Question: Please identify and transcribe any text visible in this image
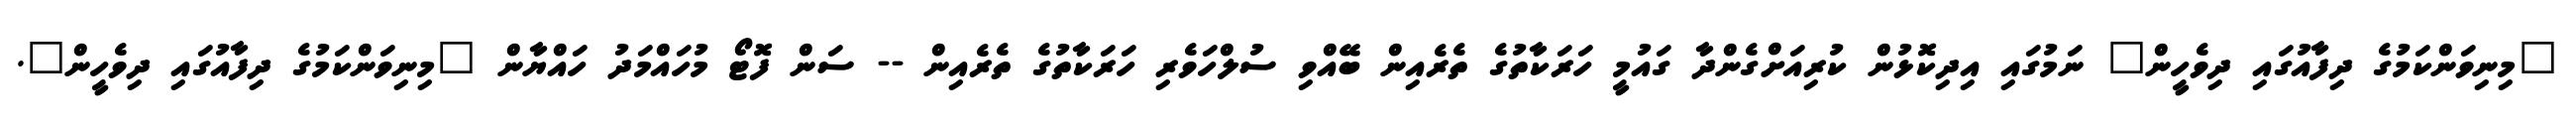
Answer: "މިނިވަންކަމުގެ ދިފާއުގައި ދިވެހީން" ނަމުގައި އިދިކޮޅުން ކުރިއަށްގެންދާ ގައުމީ ހަރަކާތުގެ ތެރެއިން ބޭއްވި ސުލްހަވެރި ހަރަކާތުގެ ތެރެއިން -- ސަން ފޮޓޯ މުހައްމަދު ހައްޔާން "މިނިވަންކަމުގެ ދިފާއުގައި ދިވެހީން".